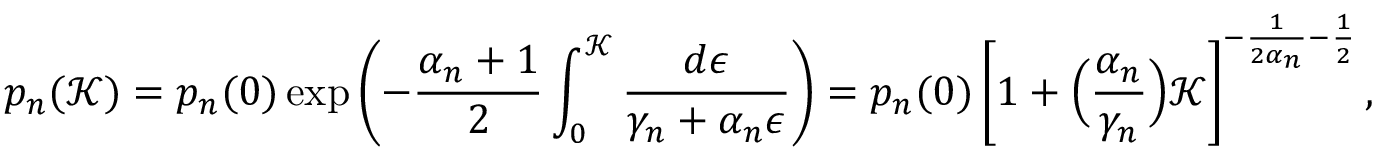
p _ { n } ( \mathcal { K } ) = p _ { n } ( 0 ) \exp \left( - \frac { \alpha _ { n } + 1 } { 2 } \int _ { 0 } ^ { \mathcal { K } } \frac { d \epsilon } { \gamma _ { n } + \alpha _ { n } \epsilon } \right) = p _ { n } ( 0 ) \left[ 1 + \Big ( \frac { \alpha _ { n } } { \gamma _ { n } } \Big ) \mathcal { K } \right] ^ { - \frac { 1 } { 2 \alpha _ { n } } - \frac { 1 } { 2 } } ,